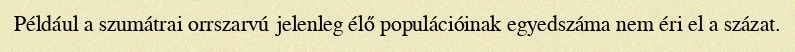
Például a szumátrai orrszarvú jelenleg élő populációinak egyedszáma nem éri el a százat.